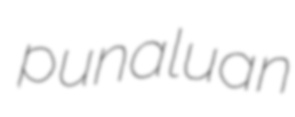
punaluan